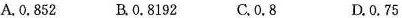
A.0.852 B.0.8192 C.0.8 D.0.75